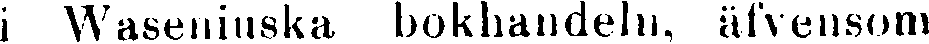
i Waseniuska bokhandeln, äfvensom